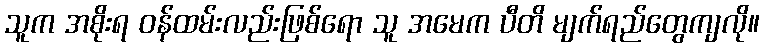
သူက အစိုးရ ဝန်ထမ်းလည်းဖြစ်ရော သူ အမေက ပီတိ မျက်ရည်တွေကျလို။